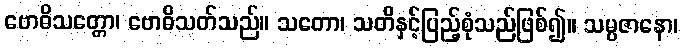
ဗောဓိသတ္တော၊ ဗောဓိသတ်သည်။ သတော၊ သတိနှင့်ပြည့်စုံသည်ဖြစ်၍။ သမ္ပဇာနော၊